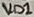
Text: VD1